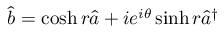
\hat { b } = \cosh r \hat { a } + i e ^ { i \theta } \sinh r \hat { a } ^ { \dagger }